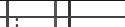
: